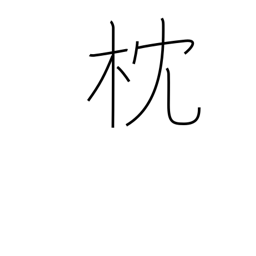
Meaning: pillow